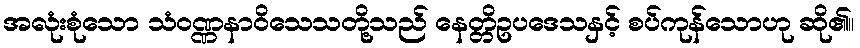
အလုံးစုံသော သံဝဏ္ဏနာဝိသေသတို့သည် နေတ္တိဥပဒေသနှင့် စပ်ကုန်သောဟု ဆို၏။